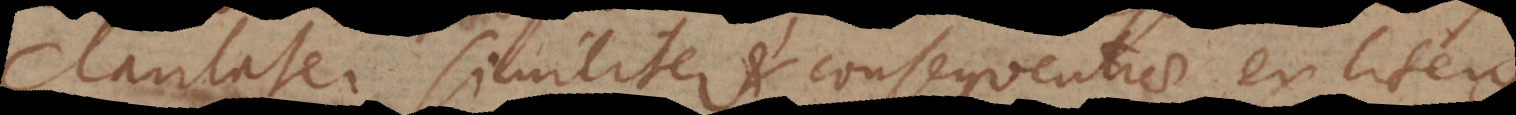
claritate, similiter et consequentiae ex literis